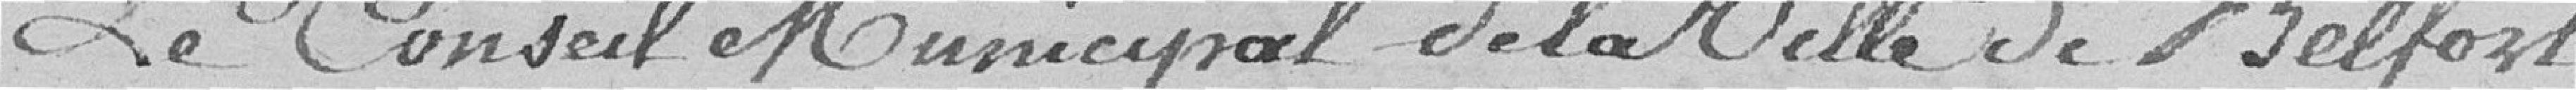
Le Conseil Municipal de la Ville de Belfort